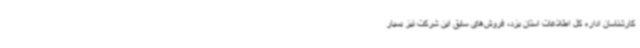
کارشناسان اداره کل اطلاعات استان یزد، فروش‌های سابق این شرکت نیز بسیار